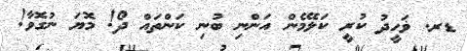
ޑރ. ޥަހީދު ކުރީ ކަލޭމެން އަންނި ބުނި ކަންތައް ދޯ! މޮޔަ ނުގޮވާ!